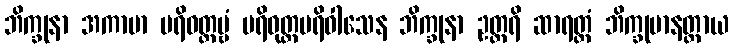
ဘိက္ခုနာ အကာမာ ပရိဝတ္ထဗ္ဗံ ပရိဝုတ္ထပရိဝါသေန ဘိက္ခုနာ ဥတ္တရိ ဆာရတ္တံ ဘိက္ခုမာနတ္တာယ